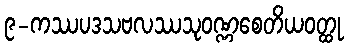
၉-ကဿပဒသဗလဿသုဝဏ္ဏစေတိယဝတ္ထု